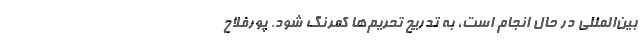
بین‌المللی در حال انجام است، به تدریج تحریم‌ها کمرنگ شود. پورفلاح